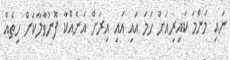
ނައި މަންމަ ކައިރިއަށް ހަމަ އައި އައި އިރަށް އަނެއްކާ ފޮނުވާލާކަށް ހިތެއް